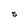
Character: S